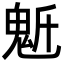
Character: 𩲔